Malaria in India - Number 2
Disease focus: Malaria
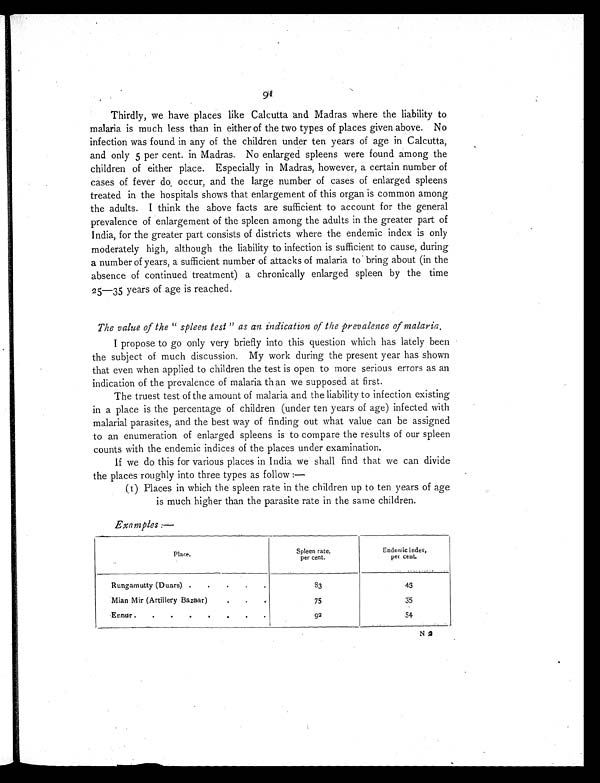
91
Thirdly, we have places like Calcutta and Madras where the liability to
malaria is much less than in either of the two types of places given above. No
infection was found in any of the children under ten years of age in Calcutta,
and only 5 per cent. in Madras. No enlarged spleens were found among the
children of either place. Especially in Madras, however, a certain number of
cases of fever do occur, and the large number of cases of enlarged spleens
treated in the hospitals shows that enlargement of this organ is common among
the adults. I think the above facts are sufficient to account for the general
prevalence of enlargement of the spleen among the adults in the greater part of
India, for the greater part consists of districts where the endemic index is only
moderately high, although the liability to infection is sufficient to cause, during
a number of years, a sufficient number of attacks of malaria to bring about (in the
absence of continued treatment) a chronically enlarged spleen by the time
25—35 years of age is reached.
The value of the " spleen test " as an indication of the prevalence of malaria.
I propose to go only very briefly into this question which has lately been
the subject of much discussion. My work during the present year has shown
that even when applied to children the test is open to more serious errors as an
indication of the prevalence of malaria than we supposed at first.
The truest test of the amount of malaria and the liability to infection existing
in a place is the percentage of children (under ten years of age) infected with
malarial parasites, and the best way of finding out what value can be assigned
to an enumeration of enlarged spleens is to compare the results of our spleen
counts with the endemic indices of the places under examination.
If we do this for various places in India we shall find that we can divide
the places roughly into three types as follow:—
(1) Places in which the spleen rate in the children up to ten years of age
is much higher than the parasite rate in the same children.
Examples:—
Place.
Spleen rate,
per cent.
Endemic index,
per cent.
Rungamutty (Duars) .
•
.
•
.
83
43
Mian Mir (Artillery Bazaar).
.
. 75
35
Ennur .
.
.
.
,
.
.
.
92
54
N 2